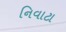
નિવાટા